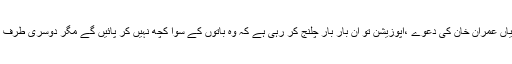
مگر اب تو یہ دیکھنا ہے کہ سب آوازیں دم توڑتی ہیں یاں عمران خان کی دعوے ،اپوزیشن تو ان بار بار چلنج کر رہی ہے کہ وہ باتوں کے سوا کچھ نہیں کر پائیں گے مگر دوسری طرف عوام کی توقعات بڑھ رہی ہیں جو تبدیلی کے امین ہیں ۔